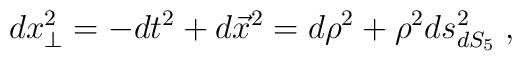
dx_\perp^2= -dt^2 + d\vec{x}^2 = d\rho^2 + \rho^2 ds_{dS_5}^2 \; ,